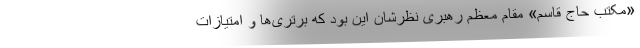
«مکتب حاج قاسم» مقام معظم رهبری نظرشان این بود که برتری‌ها و امتیازات